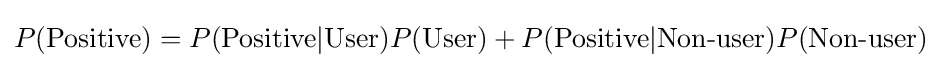
P({\text{Positive}})=P({\text{Positive}}\vert {\text{User}})P({\text{User}})+P({\text{Positive}}\vert {\text{Non-user}})P({\text{Non-user}})